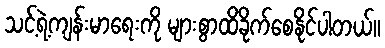
သင့်ရဲ့ကျန်းမာရေးကို များစွာထိခိုက်စေနိုင်ပါတယ်။